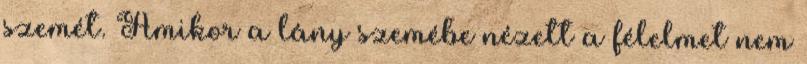
szemét. Amikor a lány szemébe nézett a félelmet nem